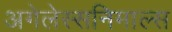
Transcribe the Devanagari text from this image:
अगेलेस्सनिमाल्स